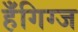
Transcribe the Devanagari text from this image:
हँगिग्ज